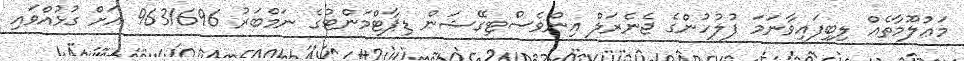
މަޢުލޫމާތެއް ލިބިފައިވާނަމަ ފުލުހުންގެ ޖެނެރަލް އިންވެސްޓިގޭޝަން ޑިޕާޓްމަންޓުގެ ނަމްބަރު 9631696 އަށް ގުޅުއްވައި